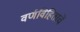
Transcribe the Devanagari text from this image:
वर्णविहिताचें